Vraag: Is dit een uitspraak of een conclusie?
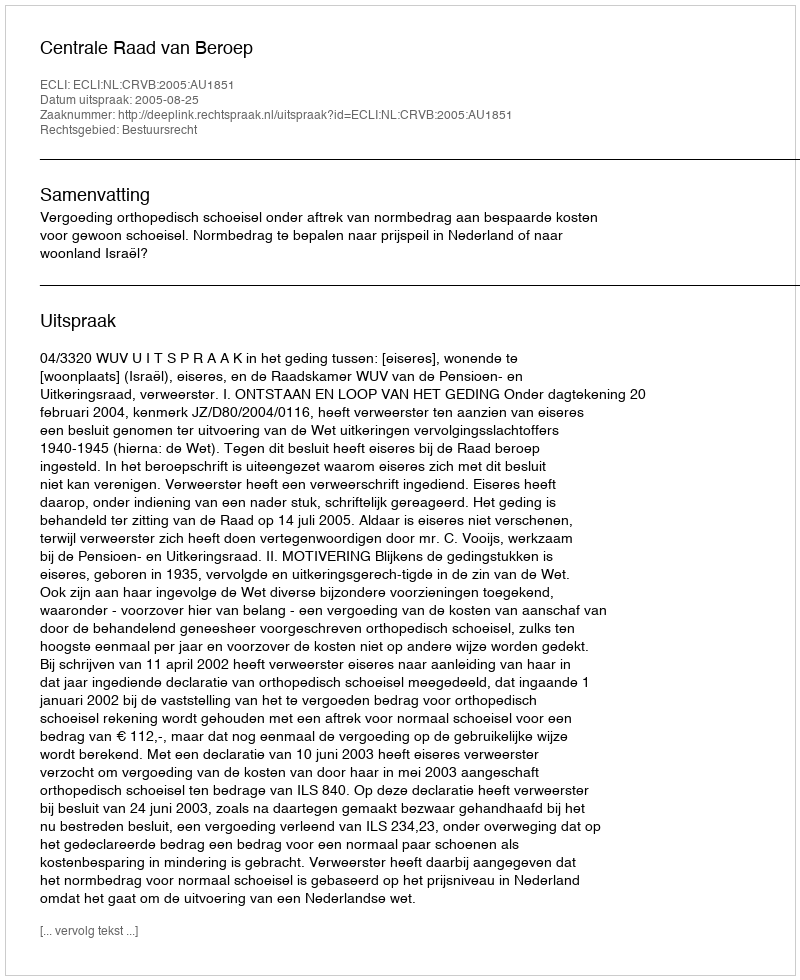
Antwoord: Uitspraak